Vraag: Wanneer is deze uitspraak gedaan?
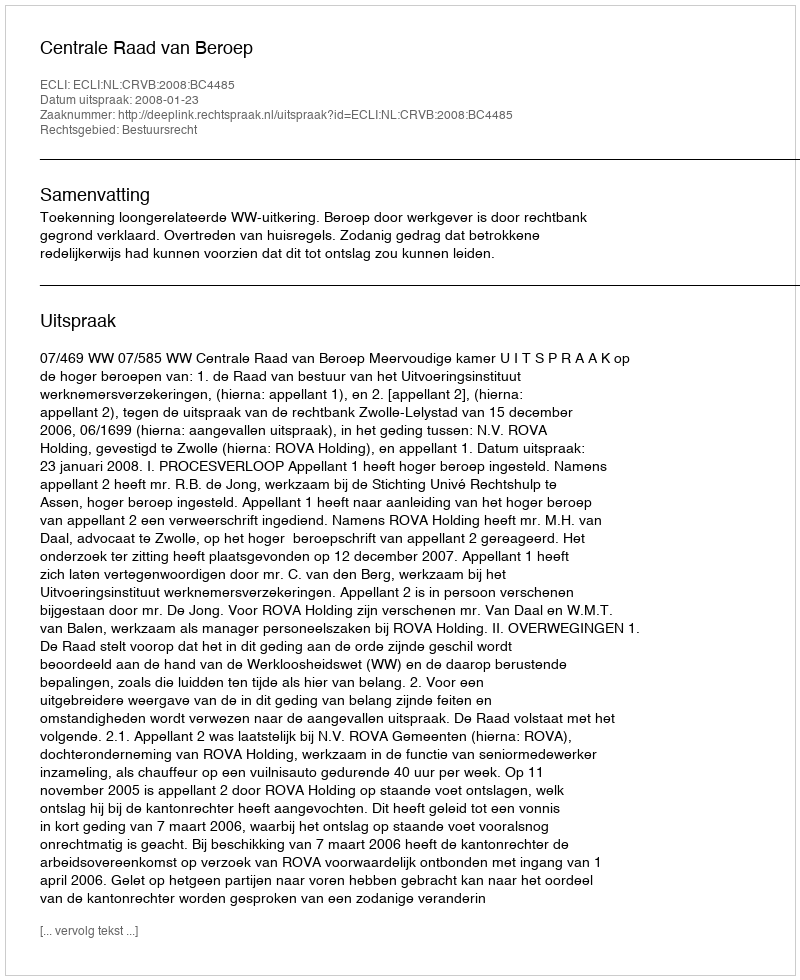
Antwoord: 2008-01-23